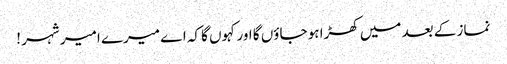
نماز کے بعد میں کھڑا ہو جاؤں گا اور کہوں گا کہ اے میرے امیر شہر !